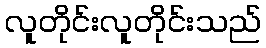
လူတိုင်းလူတိုင်းသည်